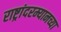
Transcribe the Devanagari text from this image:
राष्ट्रांदरम्यानच्या